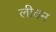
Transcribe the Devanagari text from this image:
लीवन